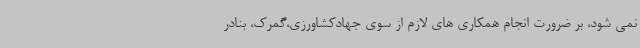
نمی شود، بر ضرورت انجام همکاری های لازم از سوی جهادکشاورزی،گمرک، بنادر